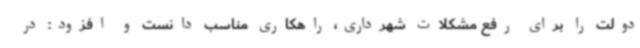
دولت را برای رفع مشکلات شهرداری، راهکاری مناسب دانست و افزود: در